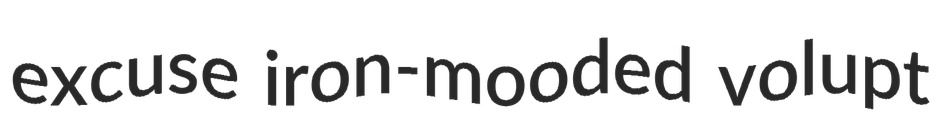
excuse iron-mooded volupt